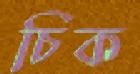
চিক